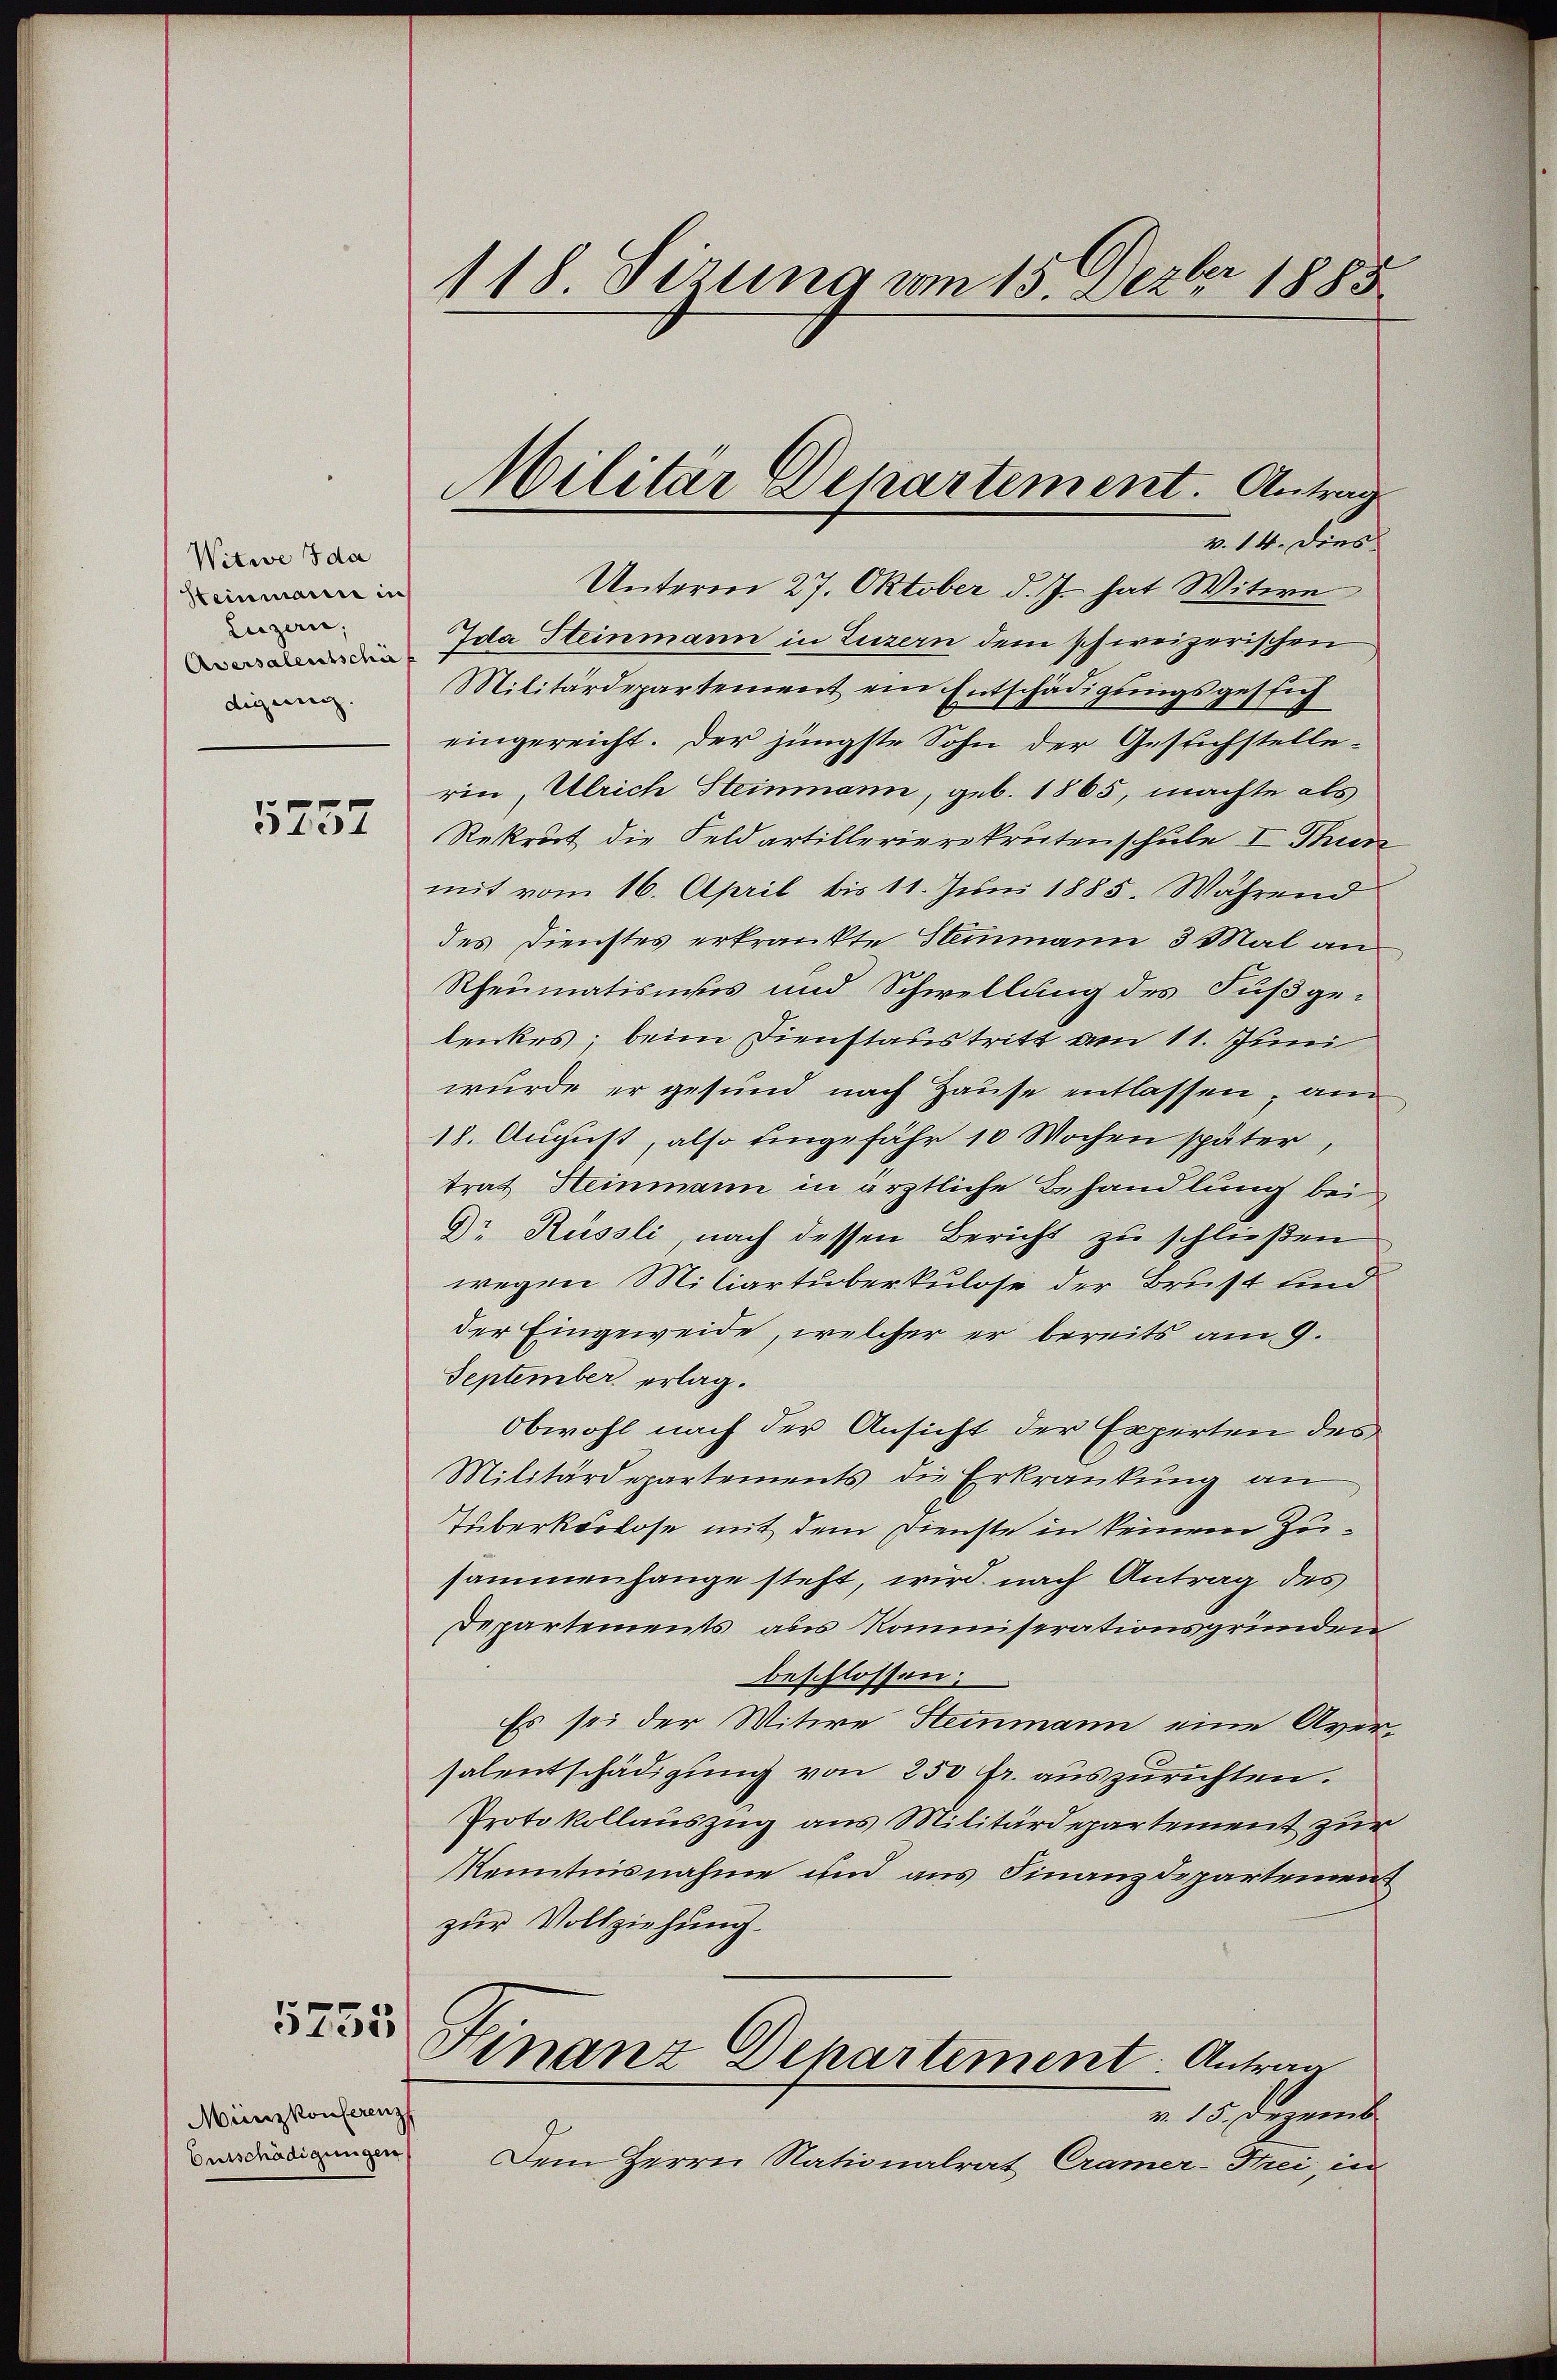
Witwe Ida
Steinmann in
Luzern,
Aversalentschi
digung.

5257

5755

Münzkonferenz
Entschädigungen

118 Sizung vom 15. Dezbr 1885

Unterm 27. Oktober d. J. hat Witwe
Ida Steinmann in Luzern dem schweizerischen
Militärdepartement ein Entschädigungsgeslich
eingereicht. Der jüngste Sohn der Gestichstelle-
rin, Ulrich Steinmann, geb. 1865, machte als
Rekrut die Feldartillerierskrutenschule I Thun
mit vom 16. April bis 11. Juni 1885. Während
des Dienstes erkrankte Stammann 3 Mal an
Rheumatismus und Schwellung des Fußgelenkes; beim Dienstaustritt von 11. Juni
wurde er gesund nach Hause entlassen, am
18. August, also eingefähr 10 Wochen später,
trat Heinmann in ärztliche Behandlung bei
Dr Küssli, nach dessen Bericht zu schließen
wegen Miliartüberkulose der Brust und
der Eingeweide, welcher er bereits am 9.
September erlag.
Obwohl nach der Ansicht der Experten des
Militärdepartements die Erkrankung an
Tüberkorlose mit dem Dienste in keinem Zusammenhange steht, wird nach Antrag des
Departements aus Kommiserationsgründen
beschlossen:
Es sei der Witwe Stemmann eine Aversalentschädigung von 250 fr. auszurichten.
Protokollauszug aus Militärdepartement zur
Kenntnisnahme und aus Finanzdepartemen
zur Vollziehung.
Finanz Departement: Antrag
v. 15. Dezemb
Dem Herrn Nationalrat Cramer-Frei, in

Militär Departement. Antrag
v. 14. Dies